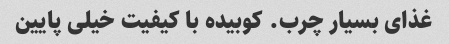
غذای بسیار چرب. کوبیده با کیفیت خیلی پایین